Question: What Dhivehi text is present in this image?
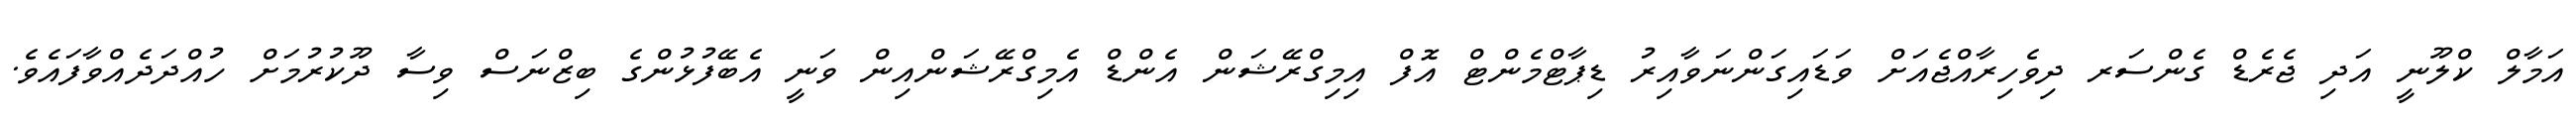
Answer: އަމާލް ކްލޫނީ އަދި ޖެރެޑް ގެންސަރ ދިވެހިރާއްޖެއަށް ވަޑައިގަންނަވާއިރު ޑިޕާޓްމެންޓް އޮފް އިމިގްރޭޝަން އެންޑް އެމިގްރޭޝަންއިން ވަނީ އެބޭފުޅުންގެ ބިޒްނަސް ވިސާ ދޫކުރުމަށް ހުއްދަދެއްވާފައެވެ.